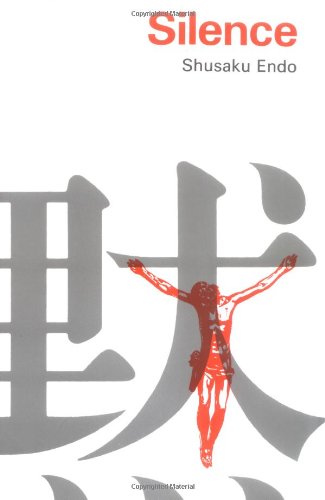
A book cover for Silence; Shusaku Endo; Literature & Fiction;